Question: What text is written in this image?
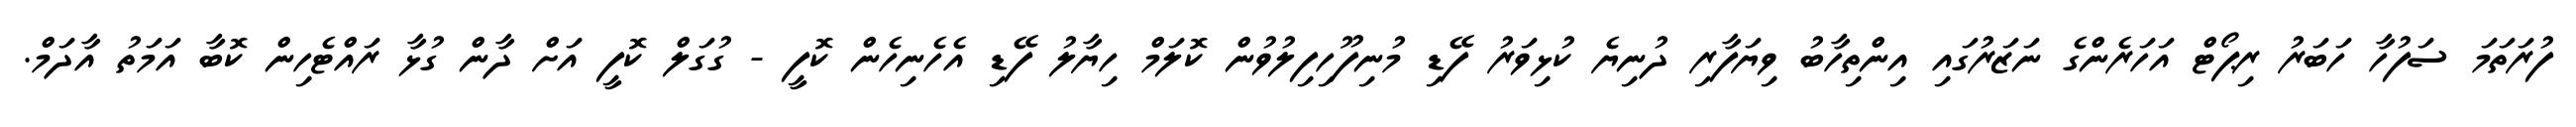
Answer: ފުރަތަމަ ސަފުހާ ހަބަރު ރިޕޯޓް އަހަރެންގެ ނަޒަރުގައި އިންތިހާބު ވިޔަފާރި ދުނިޔެ ކުޅިވަރު ފޭޑި މުނިފޫހިފިލުވުން ކޮލަމް ހިޔާލު ފޭޑި އެހެނިހެން ކޮފީ - ގުގަލް ކޮފީ އަށް ދާން ގުޅާ ރައްޓެހިން ކޮބާ އަމަތު އާދަމް.